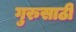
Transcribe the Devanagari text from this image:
गुरुसाठी